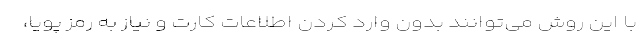
با این روش می‌توانند بدون وارد کردن اطلاعات کارت و نیاز به رمز پویا،